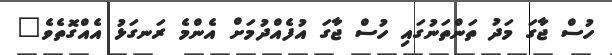
ހުސް ޖާގަ މަދު ތަންތަނުގައި ހުސް ޖާގަ އުފެއްދުމަށް އެންމެ ރަނގަޅު އެއްގޮތެވެ"